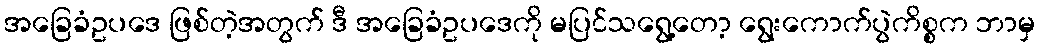
အခြေခံဥပဒေ ဖြစ်တဲ့အတွက် ဒီ အခြေခံဥပဒေကို မပြင်သရွေ့တော့ ရွေးကောက်ပွဲကိစ္စက ဘာမှ